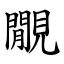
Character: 覵